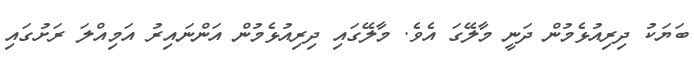
ބަޔަކު ދިރިއުޅެމުން ދަނީ މާލޭގަ އެވެ. މާލޭގައި ދިރިއުޅެމުން އަންނައިރު އަމިއްލަ ރަށުގައި